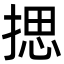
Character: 揌